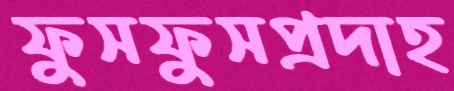
ফুসফুসপ্রদাহ